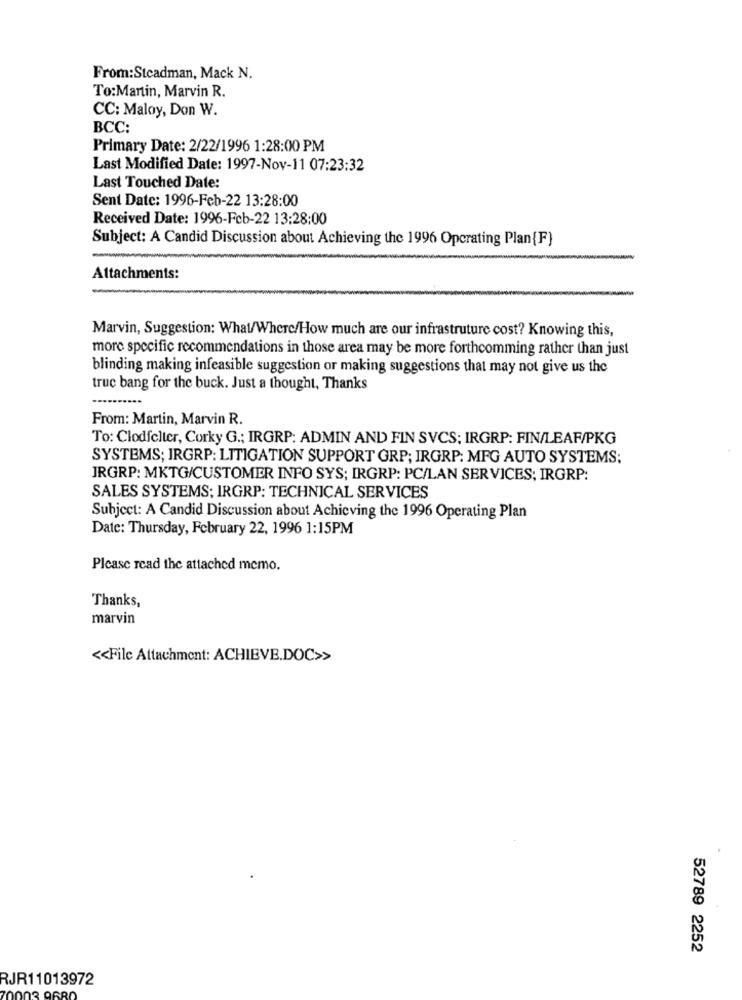
From:Steadman, Mack N.
To:Martin, Marvin R.
CC: Maloy, Don W.
BCC:
Primary Date: 2/22/1996 1:28:00 PM
Last Modified Date: 1997-Nov-11 07:23:32
Last Touched Date:
Sent Date: 1996-Feb-22 13:28:00
Received Date: 1996-Fcb-22 13:28:00
Subject: A Candid Discussion about Achieving the 1996 Operating Plan{F}
Attachments:
Marvin, Suggestion: What/Where/How much are our infrastruture cost? Knowing this,
more specific recommendations in those area may be more forthcomming rather than just
blinding making infeasible suggestion or making suggestions that may not give us the
truc bang for the buck. Just a thought, Thanks
From: Martin, Marvin R.
To: Clodfelter, Corky G .; IRGRP: ADMIN AND FIN SVCS; IRGRP: FIN/LEAF/PKG
SYSTEMS; IRGRP: LITIGATION SUPPORT GRP; IRGRP: MFG AUTO SYSTEMS;
JRGRP: MKTG/CUSTOMER INFO SYS; IRGRP: PC/LAN SERVICES; IRGRP:
SALES SYSTEMS; IRGRP: TECHNICAL SERVICES
Subject: A Candid Discussion about Achieving the 1996 Operating Plan
Date: Thursday, February 22, 1996 1:15PM
Please read the attached memo.
Thanks,
marvin
<< File Attachment: ACHIEVE.DOC>>
52789 2252
RJR11013972